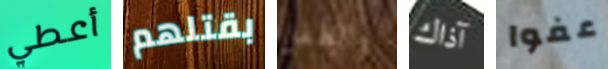
أعطي بقتلهم والطفل آذاك عفوا